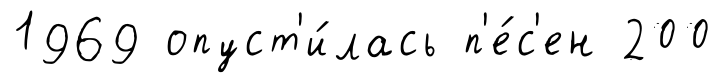
1969 опуст'и́лась п'е́с'ен 200